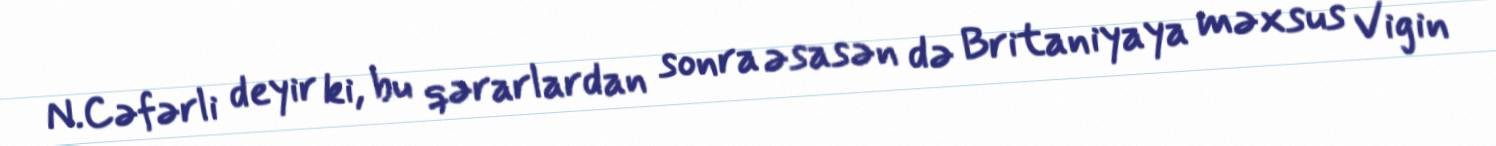
N.Cəfərli deyir ki, bu qərarlardan sonra əsasən də Britaniyaya məxsus Vigin